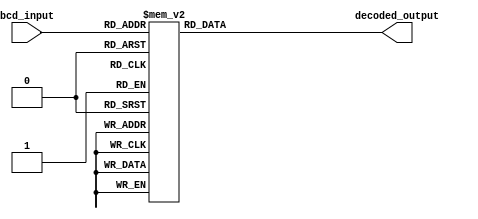
module BCD_decoder(
    input [3:0] bcd_input,
    output reg [6:0] decoded_output
);

always @(*)
begin
    case(bcd_input)
        4'b0000: decoded_output = 7'b0000001; // 0
        4'b0001: decoded_output = 7'b1001111; // 1
        4'b0010: decoded_output = 7'b0010010; // 2
        4'b0011: decoded_output = 7'b0000110; // 3
        4'b0100: decoded_output = 7'b1001100; // 4
        4'b0101: decoded_output = 7'b0100100; // 5
        4'b0110: decoded_output = 7'b0100000; // 6
        4'b0111: decoded_output = 7'b0001111; // 7
        4'b1000: decoded_output = 7'b0000000; // 8
        4'b1001: decoded_output = 7'b0000100; // 9
        default: decoded_output = 7'b1111111; // Error
    endcase
end

endmodule